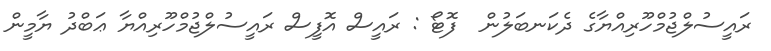
ރައީސުލްޖުމްހޫރިއްޔާގެ ދެކަނބަލުން  ފޮޓޯ : ރައީސް އޮފީސް ރައީސުލްޖުމްހޫރިއްޔާ ޢަބްދު ޔާމީން